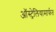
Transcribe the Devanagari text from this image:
ऑस्ट्रेलियामार्फत